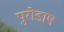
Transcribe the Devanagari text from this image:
पुरोडाष